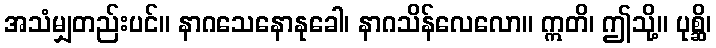
အသံမျှတည်းပင်။ နာဂသေနောနုခေါ၊ နာဂသိန်လေလော။ ဣတိ၊ ဤသို့။ ပုစ္ဆိ၊